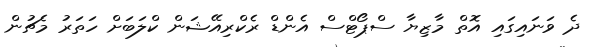
ދެ ވަނައިގައި އޮތް މާޒިޔާ ސްޕޯޓްސް އެންޑް ރެކްރިއޭޝަން ކްލަބަށް ހަތަރު މެޗުން